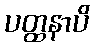
ပတ္ထနာပိ